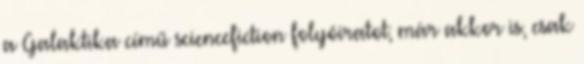
a Galaktika című science­fiction folyóiratot; már akkor is, csak